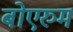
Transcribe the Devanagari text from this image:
बोएरुम